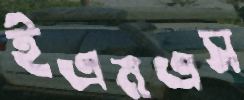
ইএমএস